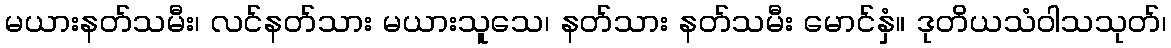
မယားနတ်သမီး၊ လင်နတ်သား မယားသူသေ၊ နတ်သား နတ်သမီး မောင်နှံ။ ဒုတိယသံဝါသသုတ်၊